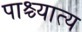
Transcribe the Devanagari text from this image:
पाश्च्यात्य